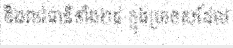
និងរាជធានីទាំង២៥ ក្នុងប្រទេសដែល